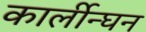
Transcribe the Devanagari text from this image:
कार्लीन्घन